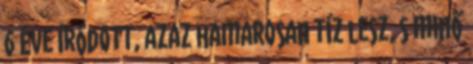
6 éve íródott, azaz hamarosan tíz lesz, s minő